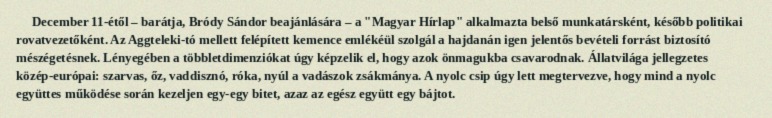
December 11-étől – barátja, Bródy Sándor beajánlására – a "Magyar Hírlap" alkalmazta belső munkatársként, később politikai rovatvezetőként. Az Aggteleki-tó mellett felépített kemence emlékéül szolgál a hajdanán igen jelentős bevételi forrást biztosító mészégetésnek. Lényegében a többletdimenziókat úgy képzelik el, hogy azok önmagukba csavarodnak. Állatvilága jellegzetes közép-európai: szarvas, őz, vaddisznó, róka, nyúl a vadászok zsákmánya. A nyolc csip úgy lett megtervezve, hogy mind a nyolc együttes működése során kezeljen egy-egy bitet, azaz az egész együtt egy bájtot.